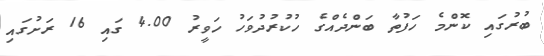
ބުރުގައި ކޮންމެ ހަފުތާ ބަންދެއްގެ ހުކުރުދުވަހު ހަވީރު 4.00 ގައި 16 ރަށުގައި